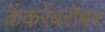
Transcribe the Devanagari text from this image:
केंकरेंबरोबर